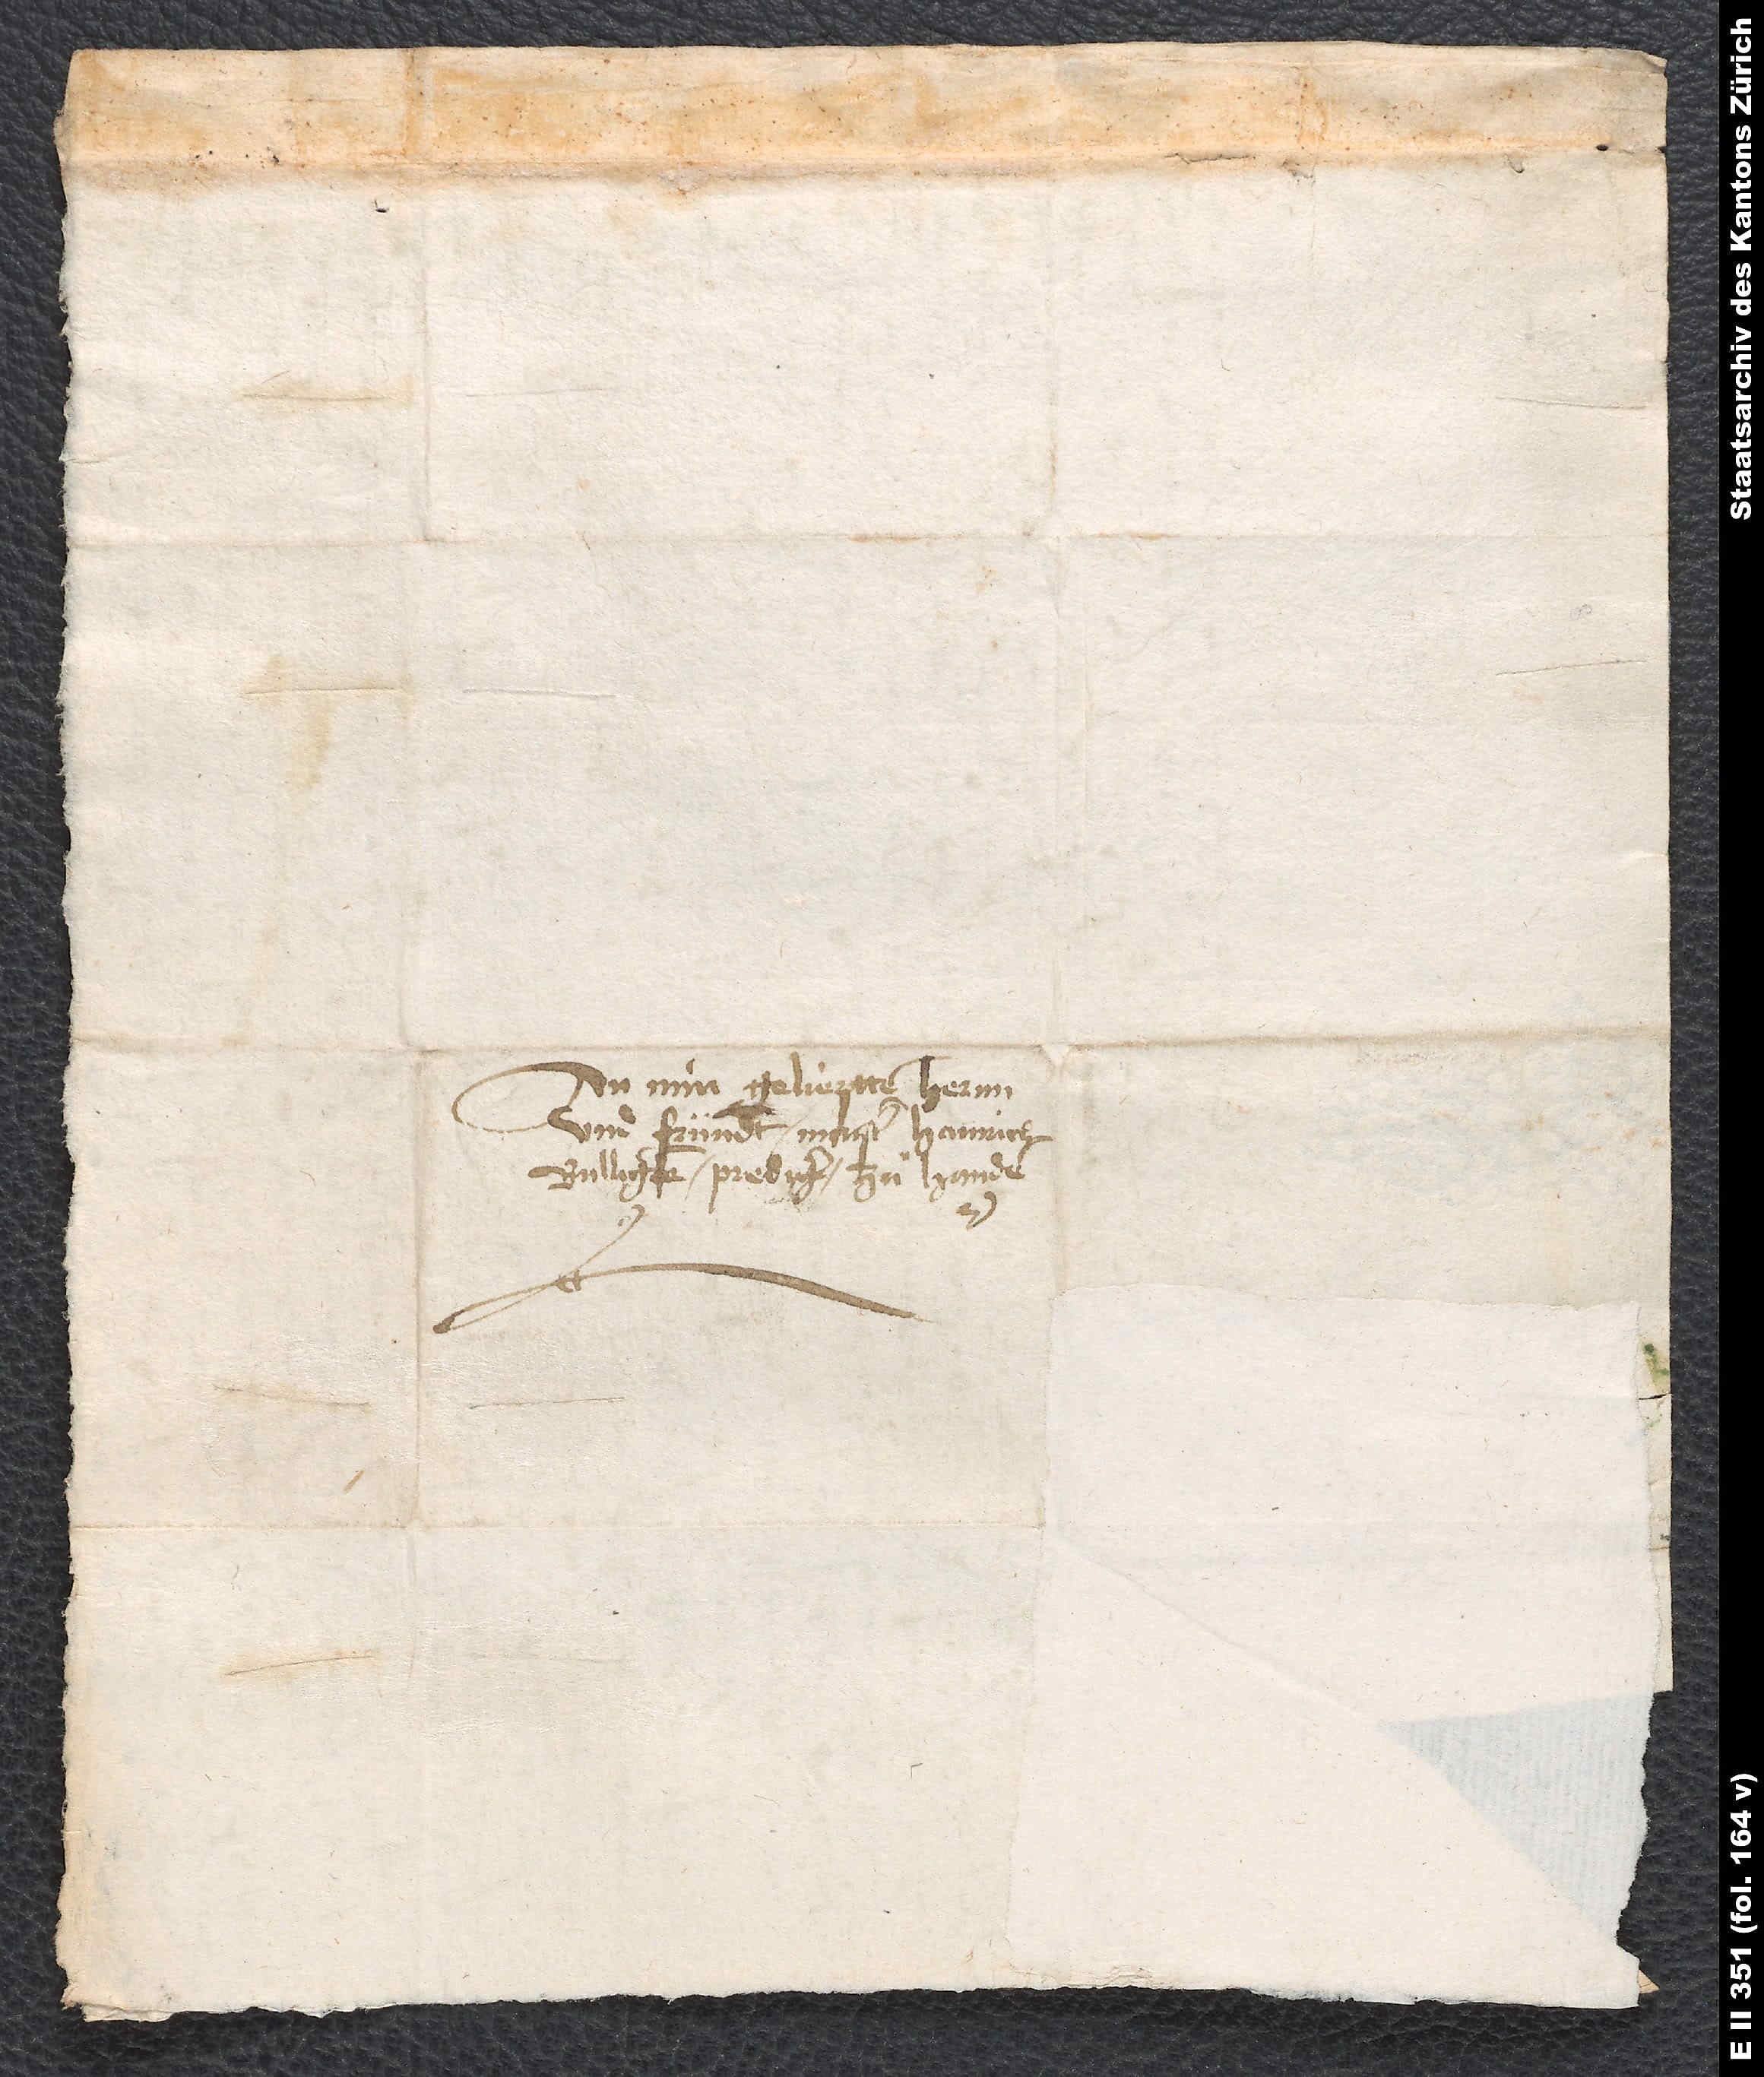
An min gelieptten hernn
und fründt, Maister Hainrich
Bulligem, prediger, zuͦ handen.
S.